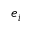
e _ { i }